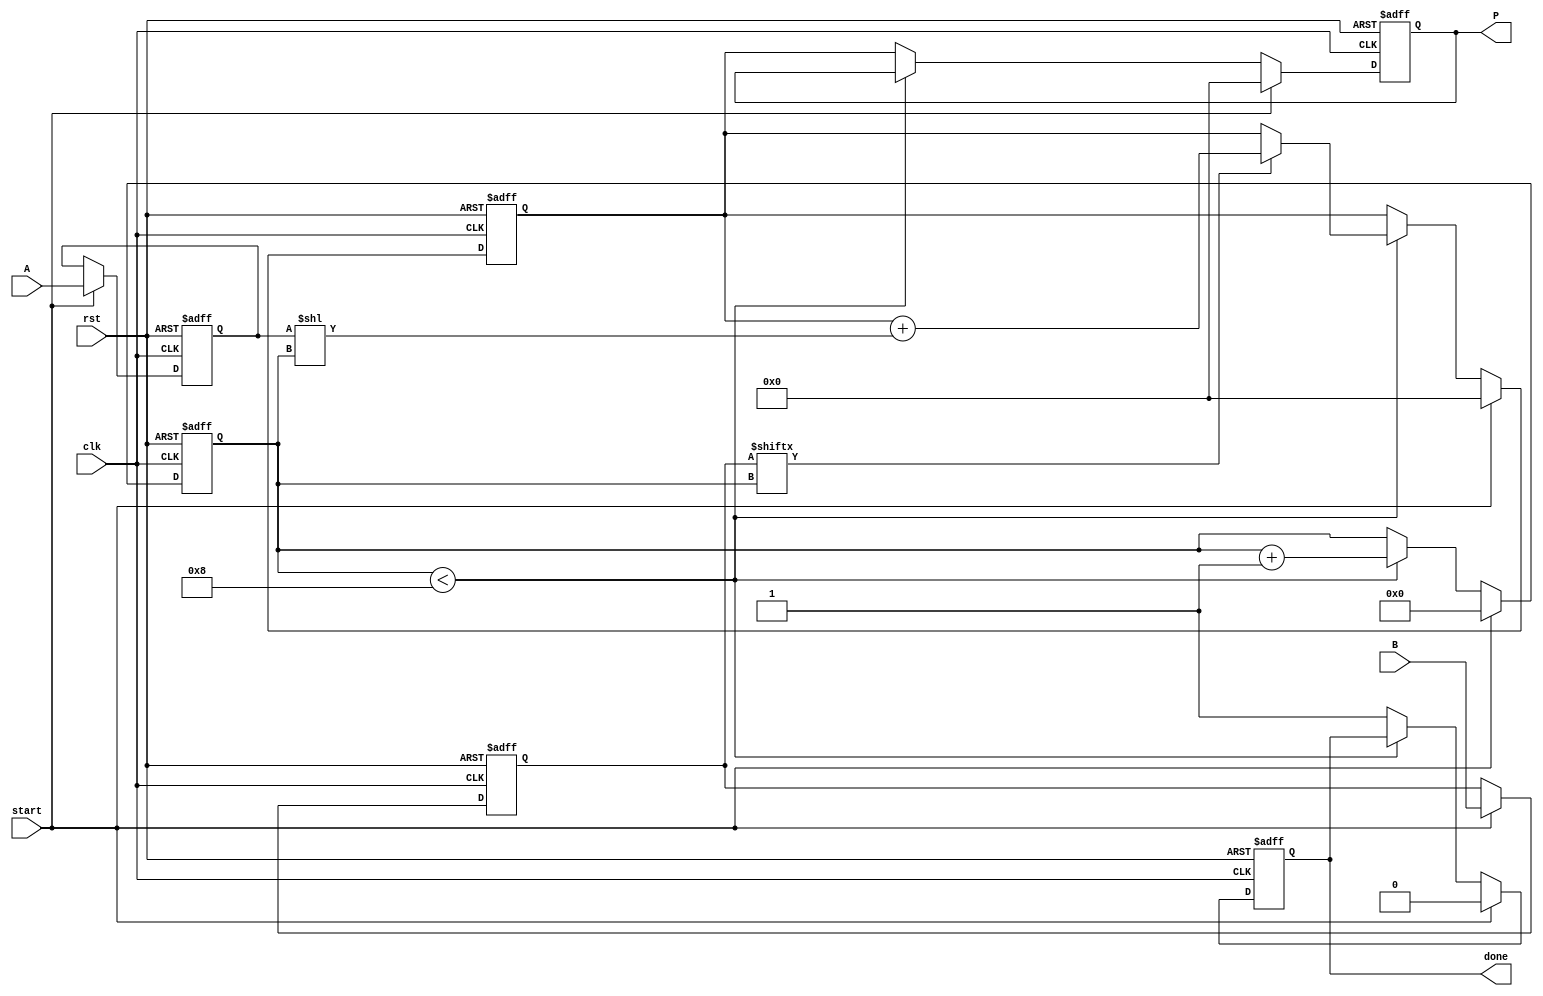
module Radix2Multiplier #(
    parameter N = 8  // Bit-width for inputs A and B
) (
    input wire [N-1:0] A,         // Multiplicand
    input wire [N-1:0] B,         // Multiplier
    input wire start,              // Control signal to start multiplication
    input wire clk,                // Clock signal
    input wire rst,                // Reset signal
    output reg [2*N-1:0] P,        // Product output
    output reg done                // Flag to indicate completion
);

    reg [N-1:0] A_reg;
    reg [N-1:0] B_reg;
    reg [2*N-1:0] PP;              // Partial product accumulator
    reg [4:0] count;               // Counter for number of bits processed
    
    always @(posedge clk or posedge rst) begin
        if (rst) begin
            P <= 0;
            PP <= 0;
            done <= 0;
            count <= 0;
            A_reg <= 0;
            B_reg <= 0;
        end else if (start) begin
            // Initialize
            A_reg <= A;
            B_reg <= B;
            PP <= 0;
            P <= 0;
            count <= 0;
            done <= 0;
        end else if (count < N) begin
            // Shift and Add process
            if (B_reg[count]) begin
                PP <= PP + (A_reg << count); // Add shifted A to the partial product
            end
            count <= count + 1; // Move to the next bit
        end else begin
            // Output the final product
            P <= PP; // Assign the accumulated partial product to output
            done <= 1; // Set done flag to high
        end
    end

endmodule